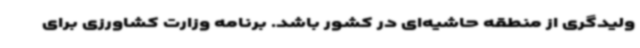
ولیدگری از منطقه حاشیه‌ای در کشور باشد. برنامه وزارت کشاورزی برای